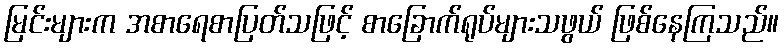
မြင်းများက အစာရေစာပြတ်သဖြင့် စာခြောက်ရုပ်များသဖွယ် ဖြစ်နေကြသည်။